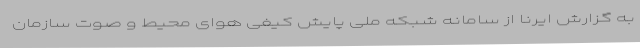
به گزارش ایرنا از سامانه شبکه ملی پایش کیفی هوای محیط و صوت سازمان